Civil Veterinary Dept. Bombay admin report 1932-41 - 1932-1941
Year: 1932
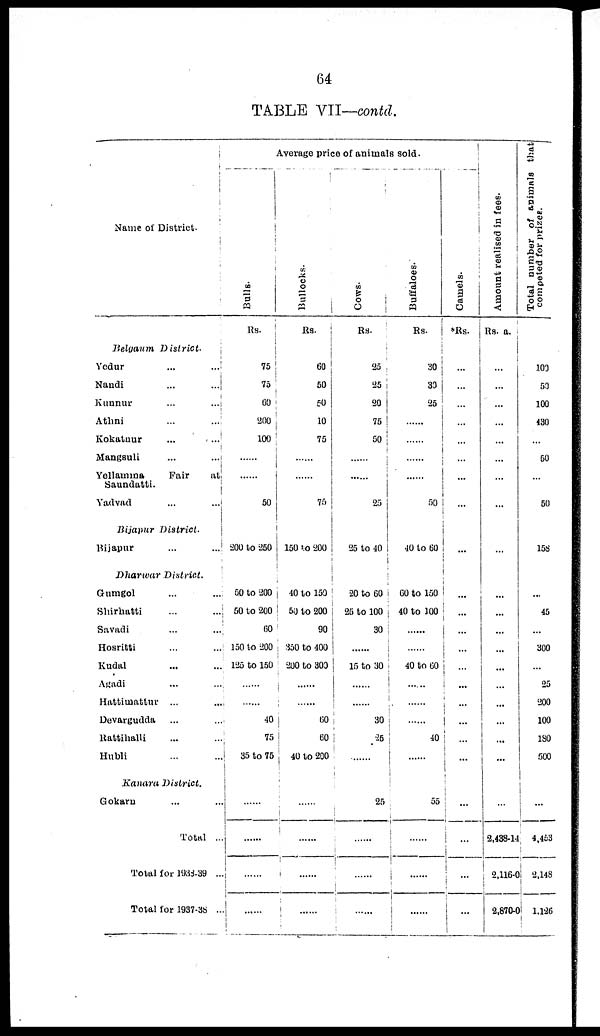
64
TABLE VII—contd.
Name of District.
Belgaum
District.
Yedur
...
...
Nandi
...
...
Kunnur
...
...
Athni
...
...
Kokatnur ... ...
Mangsuli
...
...
Yellamma
Fair
at
Saundatti.
Yadvad
...
...
Bijapur
District.
Bijapur
...
...
Dharwar
District.
Gumgol
...
...
Shirhatti
...
...
Savadi
...
...
Hosritti
...
...
Kudal ... ...
Agadi
...
...
Hattimattur ...
...
Devargudda ... ...
Rattihalli ... ...
Hubli ... ...
Kanara
District.
Gokarn ... ...
Total ...
Total for 1938-39 ...
Total for 1937-38 ...
Average price of animals sold.
Bulls.
Rs.
75
75
60
200
100
......
......
50
200 to 250
50 to 200
50 to 200
60
150 to 200
125 to 150
......
......
40
75
35 to 75
......
......
......
Bullocks.
Rs.
60
50
50
10
75
......
......
75
150 to 200
40 to 150
50 to 200
90
350 to 400
200 to 300
......
60
60
40 to 200
......
......
......
.....
Cows.
Rs.
25
25
20
75
50
......
......
25
25 to 40
20 to 60
25 to 100
30
15 to 30
......
30
25
...
25
......
......
......
Buffaloes.
Rs.
30
33
25
......
......
......
......
50
40 to 60
60 to 150
40 to 100
40 to 60
......
......
......
40
...
55
......
......
......
Camels.
*Rs.
...
...
...
...
...
...
...
...
...
...
...
...
...
...
...
...
...
...
...
...
...
...
Amount realised in fees.
Rs. a.
...
...
...
...
...
...
...
...
...
...
...
...
...
...
...
...
...
...
2,438-14
2,116-0
2,870-0
Total number of animals that
competed for prizes.
100
50
100
430
...
50
...
50
158
...
45
...
300
...
25
200
100
180
500
...
4,453
2,148
1,126